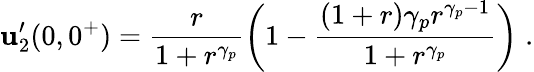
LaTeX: \mathbf{u}_{2}^{\prime}(0,0^{+})=\frac{{r}}{{1+r^{\gamma_{p}}}}\left(1-\frac{{(1+r)\gamma_{p}r^{\gamma_{p}-1}}}{{1+r^{\gamma_{p}}}}\right)\; .